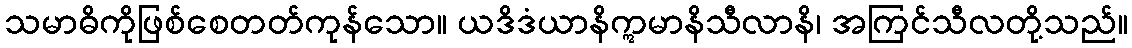
သမာဓိကိုဖြစ်စေတတ်ကုန်သော။ ယဒိဒံယာနိဣမာနိသီလာနိ၊ အကြင်သီလတို့သည်။